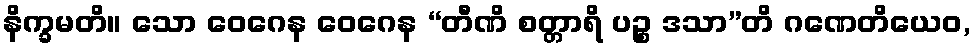
နိက္ခမတိ။ သော ဝေဂေန ဝေဂေန “တီဏိ စတ္တာရိ ပဉ္စ ဒသာ”တိ ဂဏေတိယေဝ,